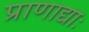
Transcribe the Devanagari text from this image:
प्राणाद्याः